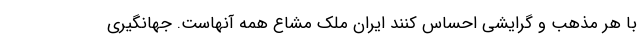
با هر مذهب و گرایشی احساس کنند ایران ملک مشاع همه آنهاست. جهانگیری